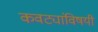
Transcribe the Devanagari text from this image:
कवट्यांविषयी